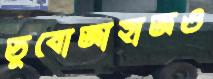
ডুবোজাহাজও